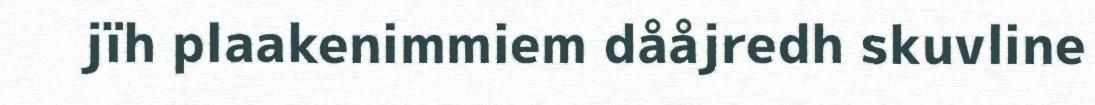
jïh plaakenimmiem dååjredh skuvline